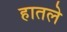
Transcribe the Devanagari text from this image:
हातले